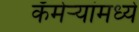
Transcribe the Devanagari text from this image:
कॅमेऱ्यांमध्ये